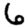
Digit: 6